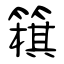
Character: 簯